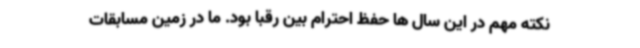
نکته مهم در این سال ها حفظ احترام بین رقبا بود. ما در زمین مسابقات